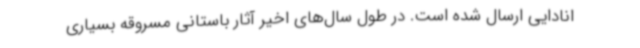
انادایی ارسال شده است. در طول سال‌های اخیر آثار باستانی مسروقه بسیاری